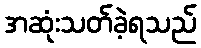
အဆုံးသတ်ခဲ့ရသည်